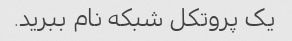
یک پروتکل شبکه نام ببرید.